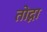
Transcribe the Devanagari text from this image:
तोद्ना